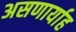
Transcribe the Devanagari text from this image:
असणार्याह